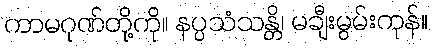
ကာမဂုဏ်တို့ကို။ နပ္ပသံသန္တိ၊ မချီးမွမ်းကုန်။